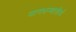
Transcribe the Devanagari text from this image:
नागधन्वातीर्थ